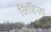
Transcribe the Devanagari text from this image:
लिहिला